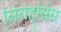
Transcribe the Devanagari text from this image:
सिरोह्सिस